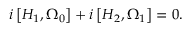
i \left[ H _ { 1 } , \Omega _ { 0 } \right] + i \left[ H _ { 2 } , \Omega _ { 1 } \right] = 0 .